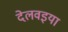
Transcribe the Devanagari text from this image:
देलवइया